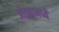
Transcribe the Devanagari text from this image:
जोड्यामध्ये